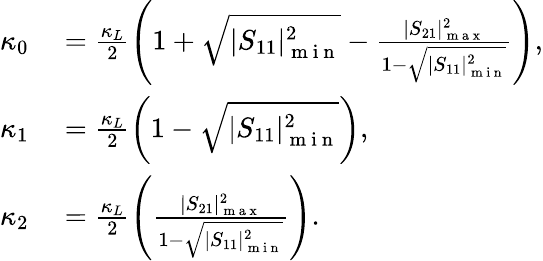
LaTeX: \begin{array}{rl}{\kappa_{0}}&{{}=\frac{\kappa_{L}}{2}\left(1+\sqrt{|S_{11}|_{\mathrm{~m~i~n~}}^{2}}-\frac{|S_{21}|_{\mathrm{~m~a~x~}}^{2}}{1-\sqrt{|S_{11}|_{\mathrm{~m~i~n~}}^{2}}}\right),}\\ {\kappa_{1}}&{{}=\frac{\kappa_{L}}{2}\left(1-\sqrt{|S_{11}|_{\mathrm{~m~i~n~}}^{2}}\right),}\\ {\kappa_{2}}&{{}=\frac{\kappa_{L}}{2}\left(\frac{|S_{21}|_{\mathrm{~m~a~x~}}^{2}}{1-\sqrt{|S_{11}|_{\mathrm{~m~i~n~}}^{2}}}\right).}\end{array}